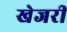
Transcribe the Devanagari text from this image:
खेजरी